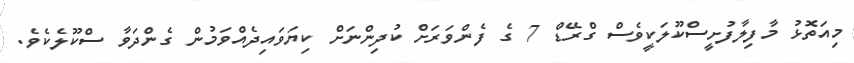
މިއަތޮޅު މާފިލާފުށީސްކޫލަކީވެސް ގްރޭޑް 7 ގެ ފެންވަރަށް ކުދިންނަށް ކިޔަވައިދެއްވަމުން ގެންދަވާ ސްކޫލެކެވެ.